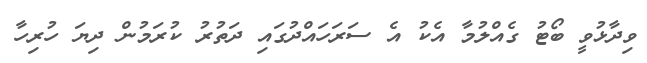
ވިދާޅުވީ ބޯޓު ގެއްލުމާ އެކު އެ ސަރަހައްދުގައި ދަތުރު ކުރަމުން ދިޔަ ހުރިހާ